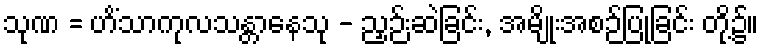
သုဏ = ဟိံသာကုလသန္တာနေသု - ညှဉ်းဆဲခြင်း, အမျိုးအစဉ်ပြုခြင်း တို့၌။